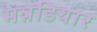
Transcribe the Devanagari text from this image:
मन्नडियार